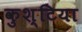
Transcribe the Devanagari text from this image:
कुश्टिया